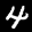
Label: 4